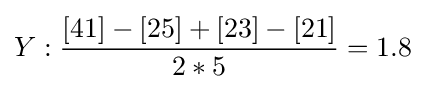
Y:{\frac {[41]-[25]+[23]-[21]}{2*5}}=1.8